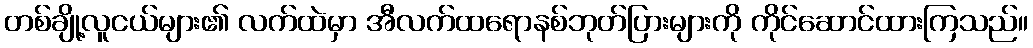
တစ်ချို့လူငယ်များ၏ လက်ထဲမှာ အီလက်ထရောနစ်ဘုတ်ပြားများကို ကိုင်ဆောင်ထားကြသည်။